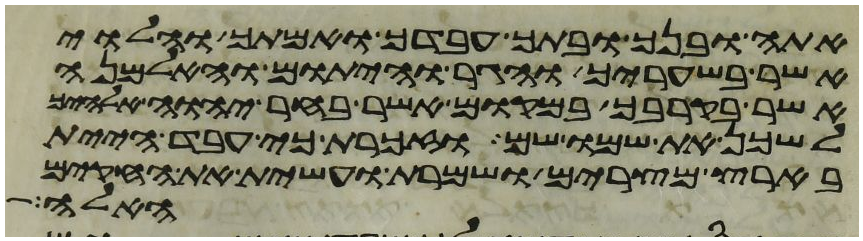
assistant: אתה ובנך ובתך עבדך ואמתך והלוי
אשר בשעריך והגר והיתום והאלמנה
אשר בקרבך במקום אשר בחר יהוה אלהיך
לשכן את שמו שם וזכרת כי עבד היית
בארץ מצרים ושמרת ועשית את החקים
האלה